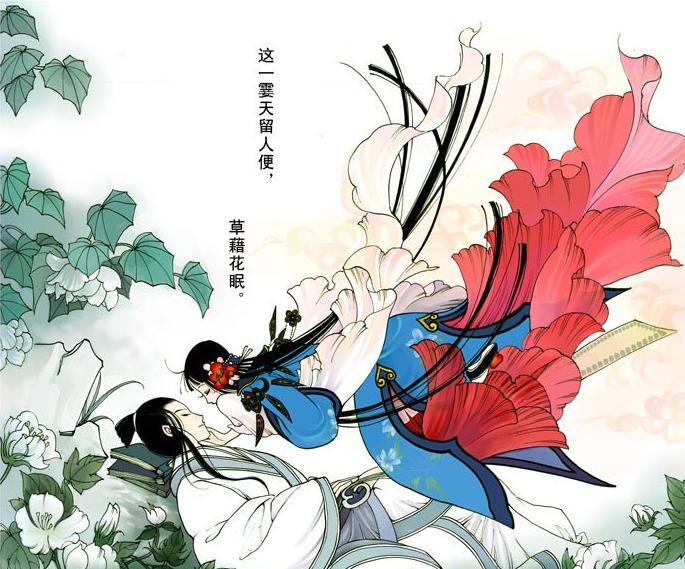
众里寻他千百度，蓦然回首，那人却在，灯火阑珊处。